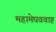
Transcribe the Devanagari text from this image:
महामेघववाह